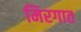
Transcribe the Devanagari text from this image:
मिरगात